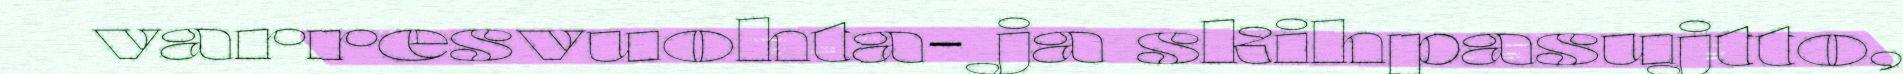
varresvuohta- ja skihpasujtto,